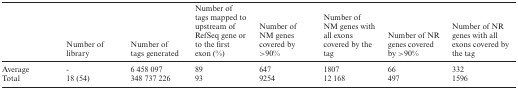
<table><thead><tr><td></td><td><b>Number of library</b></td><td><b>Number of tags generated</b></td><td><b>Number of tags mapped to upstream of RefSeq gene or to the first exon (%)</b></td><td><b>Number of NM genes covered by &gt;90%</b></td><td><b>Number of NM genes with all exons covered by the tag</b></td><td><b>Number of NR genes covered by &gt;90%</b></td><td><b>Number of NR genes with all exons covered by the tag</b></td></tr></thead><tbody><tr><td>Average</td><td>-</td><td>6 458 097</td><td>89</td><td>647</td><td>1807</td><td>66</td><td>332</td></tr><tr><td>Total</td><td>18 (54)</td><td>348 737 226</td><td>93</td><td>9254</td><td>12 168</td><td>497</td><td>1596</td></tr></tbody></table>